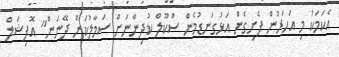
އެކަމަކު މި އަހަރުން ފެށިގެން އަޅުގަނޑުމެން ސްކޫލް ކުދިންނަށް ސަމާލުކަން ދޭނަން" އޮފިޝަލް